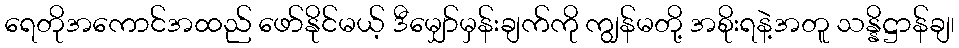
ရေတိုအကောင်အထည် ဖော်နိုင်မယ့် ဒီမျှော်မှန်းချက်ကို ကျွန်မတို့ အစိုးရနဲ့အတူ သန္နိဋ္ဌာန်ချ၊